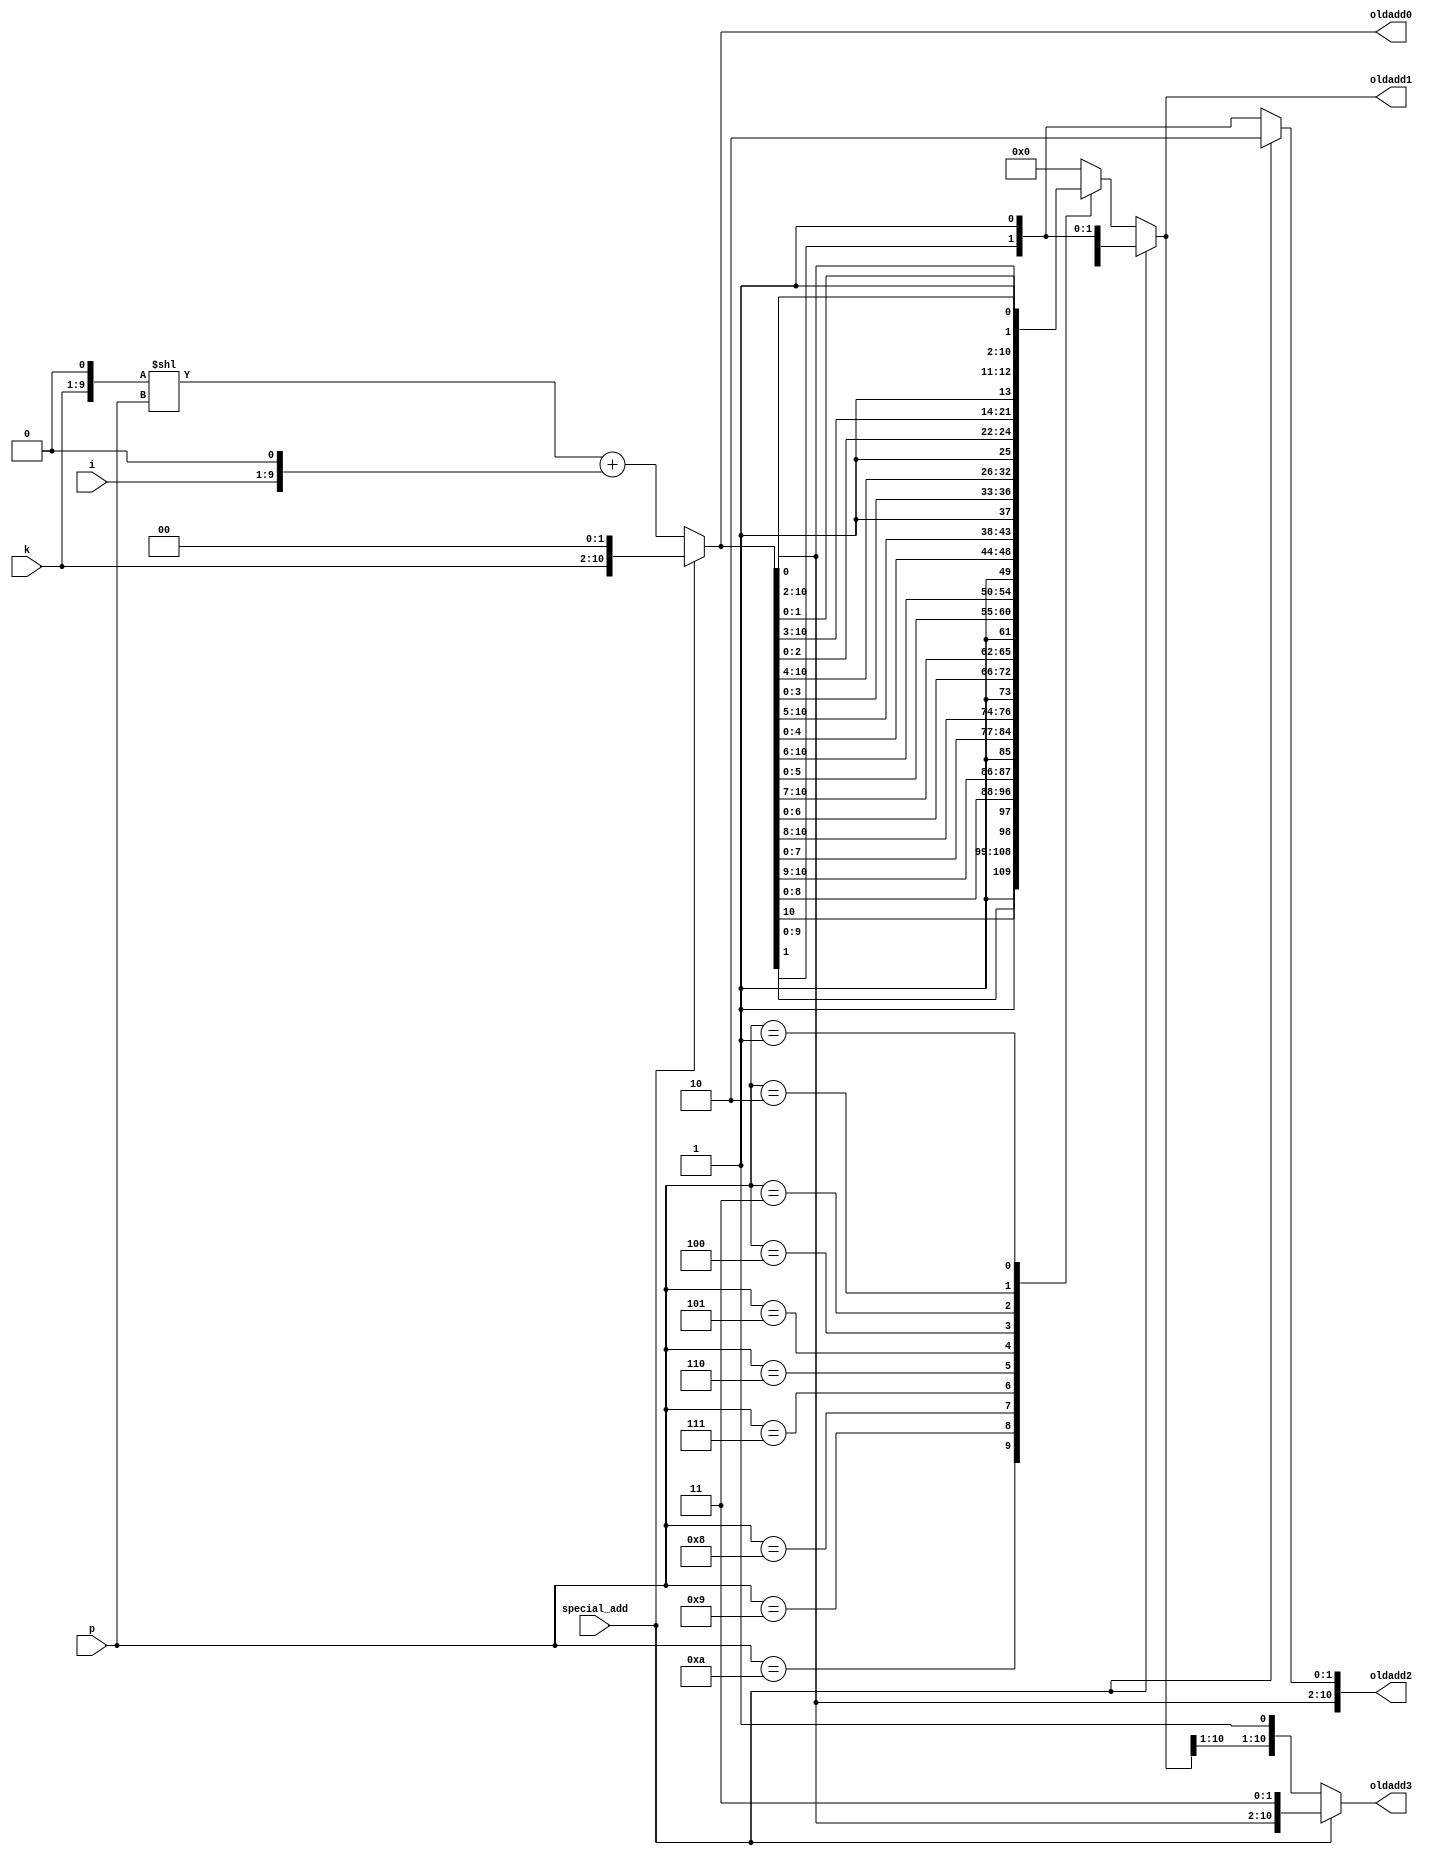
module gen_oldadd
(
    // input clk,
    // input rstn,
    input special_add,
    input [3:0] p, //max = 15
    input [8:0] k, //max = 511
    input [8:0] i, //max = 511

    output [10:0]oldadd0, // max=2047
    output [10:0]oldadd1,
    output [10:0]oldadd2,
    output [10:0]oldadd3
);

// k*R*J+i*PAR_D
wire[10:0]J;assign J=1<<p;
wire [10:0]kRJ_PLUS_iD;assign kRJ_PLUS_iD= ((k << 1) << p) + (i<<1); 

assign oldadd0 = special_add?(k << 2):kRJ_PLUS_iD;
reg [10:0]oldadd1_tmp;assign oldadd1 = special_add?{oldadd0[10:1], 1'b1}:oldadd1_tmp;
assign oldadd2 = special_add?{oldadd0[10:2], 2'b10}:{oldadd0[10:1], 1'b1};
// reg [10:0]oldadd3_tmp;assign oldadd3 = special_add?{oldadd0[10:2], 2'b11}:oldadd3_tmp;
assign oldadd3 = special_add?{oldadd0[10:2], 2'b11}:{oldadd1[10:1], 1'b1};

always@(*)
begin
    case(p)
    10:begin oldadd1_tmp={1'b1, oldadd0[9:0]};end
    9: begin oldadd1_tmp={oldadd0[10], 1'b1, oldadd0[8:0]};end
    8: begin oldadd1_tmp={oldadd0[10:9], 1'b1, oldadd0[7:0]};end
    7: begin oldadd1_tmp={oldadd0[10:8], 1'b1, oldadd0[6:0]};end
    6: begin oldadd1_tmp={oldadd0[10:7], 1'b1, oldadd0[5:0]};end
    5: begin oldadd1_tmp={oldadd0[10:6], 1'b1, oldadd0[4:0]};end
    4: begin oldadd1_tmp={oldadd0[10:5], 1'b1, oldadd0[3:0]};end
    3: begin oldadd1_tmp={oldadd0[10:4], 1'b1, oldadd0[2:0]};end
    2: begin oldadd1_tmp={oldadd0[10:3], 1'b1, oldadd0[1:0]};end
    1: begin oldadd1_tmp={oldadd0[10:2], 1'b1, oldadd0[0]};end
    default: begin oldadd1_tmp='d0;end
    endcase
end

endmodule

/*
module gen_oldadd
(
    input clk,
    input rstn,
    input special_add,
    input [3:0] p, //max = 15
    input [8:0] k, //max = 511
    input [8:0] i, //max = 511

    output [10:0]oldadd0, // max=2047
    output [10:0]oldadd1,
    output [10:0]oldadd2,
    output [10:0]oldadd3
);

reg [10:0]oldadd0_tmp;assign oldadd0 = special_add?(k << 2):oldadd0_tmp;
reg [10:0]oldadd1_tmp;assign oldadd1 = special_add?{oldadd0[10:1], 1'b1}:oldadd1_tmp;
reg [10:0]oldadd2_tmp;assign oldadd2 = special_add?{oldadd0[10:2], 2'b10}:oldadd2_tmp;
reg [10:0]oldadd3_tmp;assign oldadd3 = special_add?{oldadd0[10:2], 2'b11}:oldadd3_tmp;

// k*R*J+i*PAR_D
wire[10:0]J;assign J=1<<p;
wire [10:0]kRJ_PLUS_iD;assign kRJ_PLUS_iD= ((k << 1) << p) + (i<<1); 

always@(*)
begin
    oldadd0_tmp=kRJ_PLUS_iD;
    oldadd1_tmp=oldadd0_tmp+J;
    oldadd2_tmp=oldadd0_tmp+1;
    oldadd3_tmp=oldadd2_tmp+J;
end

endmodule
*/

/*
module gen_oldadd
(
    input clk,
    input rstn,
    input special_add,
    input [3:0] p, //max = 15
    input [8:0] k, //max = 511
    input [8:0] i, //max = 511

    output [10:0]oldadd0, // max=2047
    output [10:0]oldadd1,
    output [10:0]oldadd2,
    output [10:0]oldadd3
);

// k*R*J+i*PAR_D
wire[10:0]J;assign J=1<<p;
wire [10:0]kRJ_PLUS_iD;assign kRJ_PLUS_iD= ((k << 1) << p) + (i<<1); 

assign oldadd0 = special_add?(k << 2):kRJ_PLUS_iD;
reg [10:0]oldadd1_tmp;assign oldadd1 = special_add?{oldadd0[10:1], 1'b1}:oldadd1_tmp;
assign oldadd2 = special_add?{oldadd0[10:2], 2'b10}:{oldadd0[10:1], 1'b1};
reg [10:0]oldadd3_tmp;assign oldadd3 = special_add?{oldadd0[10:2], 2'b11}:oldadd3_tmp;

always@(*)
begin
    oldadd1_tmp=oldadd0+J;
    oldadd3_tmp=oldadd2+J;
end

endmodule
*/